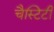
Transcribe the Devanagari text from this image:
चैस्टिटी